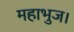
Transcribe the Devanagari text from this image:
महाभुज।